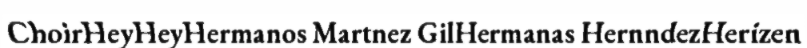
ChoirHeyHeyHermanos Martnez GilHermanas HernndezHerizen